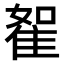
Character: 𨾵